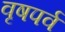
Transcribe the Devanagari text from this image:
वृषपर्व